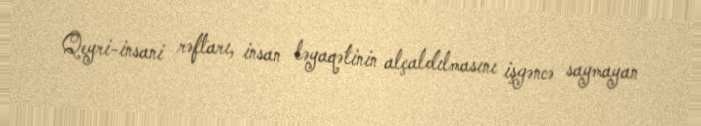
Qeyri-insani rəftarı, insan ləyaqətinin alçaldılmasını işgəncə saymayan